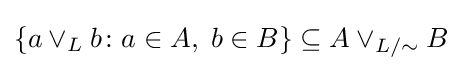
\{a\vee _{L}b\colon a\in A,\;b\in B\}\subseteq A\vee _{L/{\sim }}B